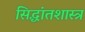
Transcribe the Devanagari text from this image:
सिद्धांतशास्त्र